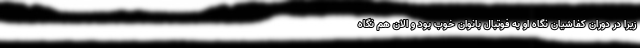
زیرا در دوران کفاشیان نگاه او به فوتبال بانوان خوب بود و الان هم نگاه